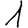
Digit: 1